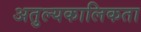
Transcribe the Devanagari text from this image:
अतुल्यकालिकता